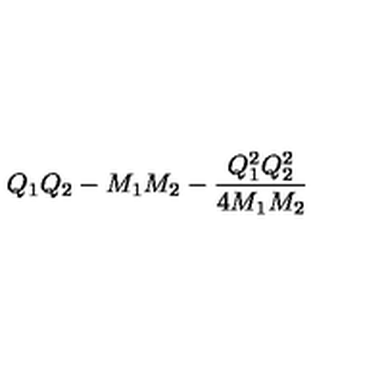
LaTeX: Q _ { 1 } Q _ { 2 } - M _ { 1 } M _ { 2 } - { \frac { Q _ { 1 } ^ { 2 } Q _ { 2 } ^ { 2 } } { 4 M _ { 1 } M _ { 2 } } }